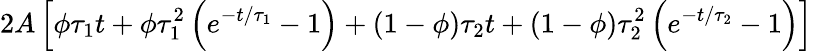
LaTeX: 2A\left[\phi\tau_{1}t+\phi\tau_{1}^{2}\left(e^{-t/\tau_{1}}-1\right)+(1-\phi)\tau_{2}t+(1-\phi)\tau_{2}^{2}\left(e^{-t/\tau_{2}}-1\right)\right]